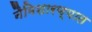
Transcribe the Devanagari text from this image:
नैमिशारण्यात